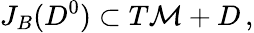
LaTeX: J_{B}(D^{0})\subset T\mathcal{M}+D\, ,